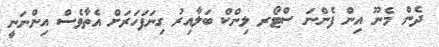
ދެން މެނޫ އިން ފެންނަ ސްޓޯރ ލިންކް ބަލާއިރު ގިނަފަހަރަށް އެތާވެސް އިންނަނީ